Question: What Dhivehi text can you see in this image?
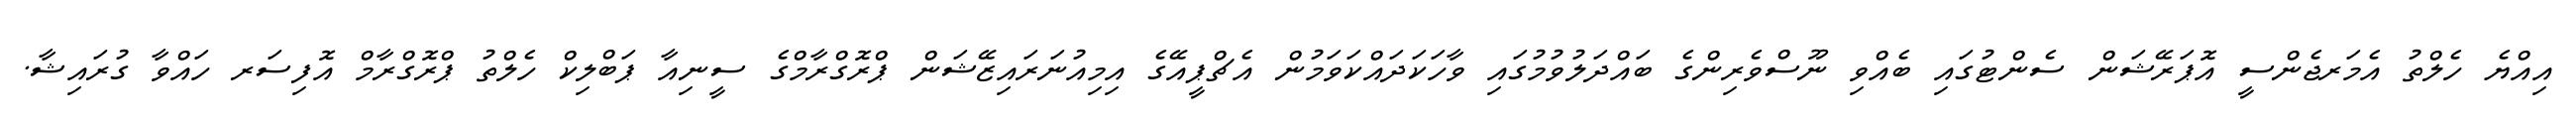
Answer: އިއްޔެ ހެލްތު އެމަރޖެންސީ އޮޕަރޭޝަން ސެންޓުގައި ބެއްވި ނޫސްވެރިންގެ ބައްދަލުވުމުގައި ވާހަކަދައްކަވަމުން އެޗްޕީއޭގެ އިމިއުނަރައިޒޭޝަން ޕްރޮގްރާމްގެ ސީނިއާ ޕަބްލިކް ހެލްތު ޕްރޮގްރާމް އޮފިސަރ ހައްވާ ގުރައިޝާ.